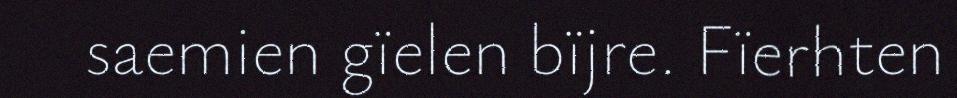
saemien gïelen bïjre. Fïerhten